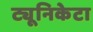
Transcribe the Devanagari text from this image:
ट्यूनिकेटा